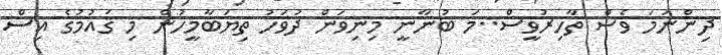
ދިންނަމަ ވެސް ތާހިރުވީސް..މަ ބުނާނީ މިނިވަން ދުވަހު ތިޔަބާމީހުން މި ޤައުމުގެ އިސް